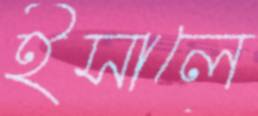
ইসালে